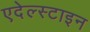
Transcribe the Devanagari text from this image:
एदेल्स्टाइन